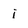
Character: i